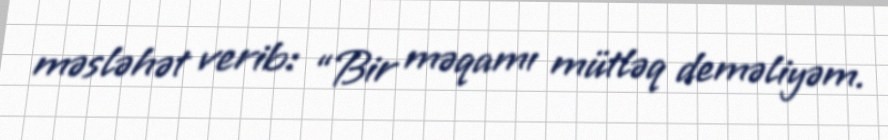
məsləhət verib: “Bir məqamı mütləq deməliyəm.